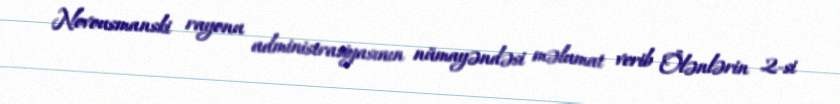
Novousmanski rayonu administrasiyasının nümayəndəsi məlumat verib Ölənlərin 2-si